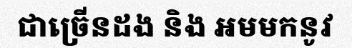
ជាច្រើនដង និង អមមកនូវ